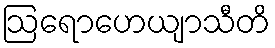
ဩရောဟေယျာသီတိ